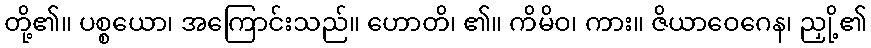
တို့၏။ ပစ္စယော၊ အကြောင်းသည်။ ဟောတိ၊ ၏။ ကိမိဝ၊ ကား။ ဇိယာဝေဂေန၊ ညှို့၏